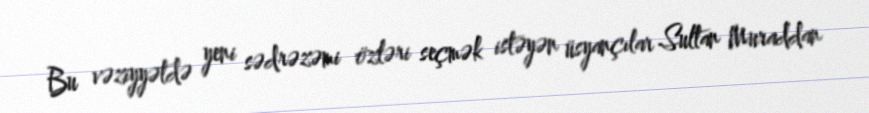
Bu vəziyyətdə yeni sədrəzəmi özləri seçmək istəyən üsyançılar Sultan Muraddan